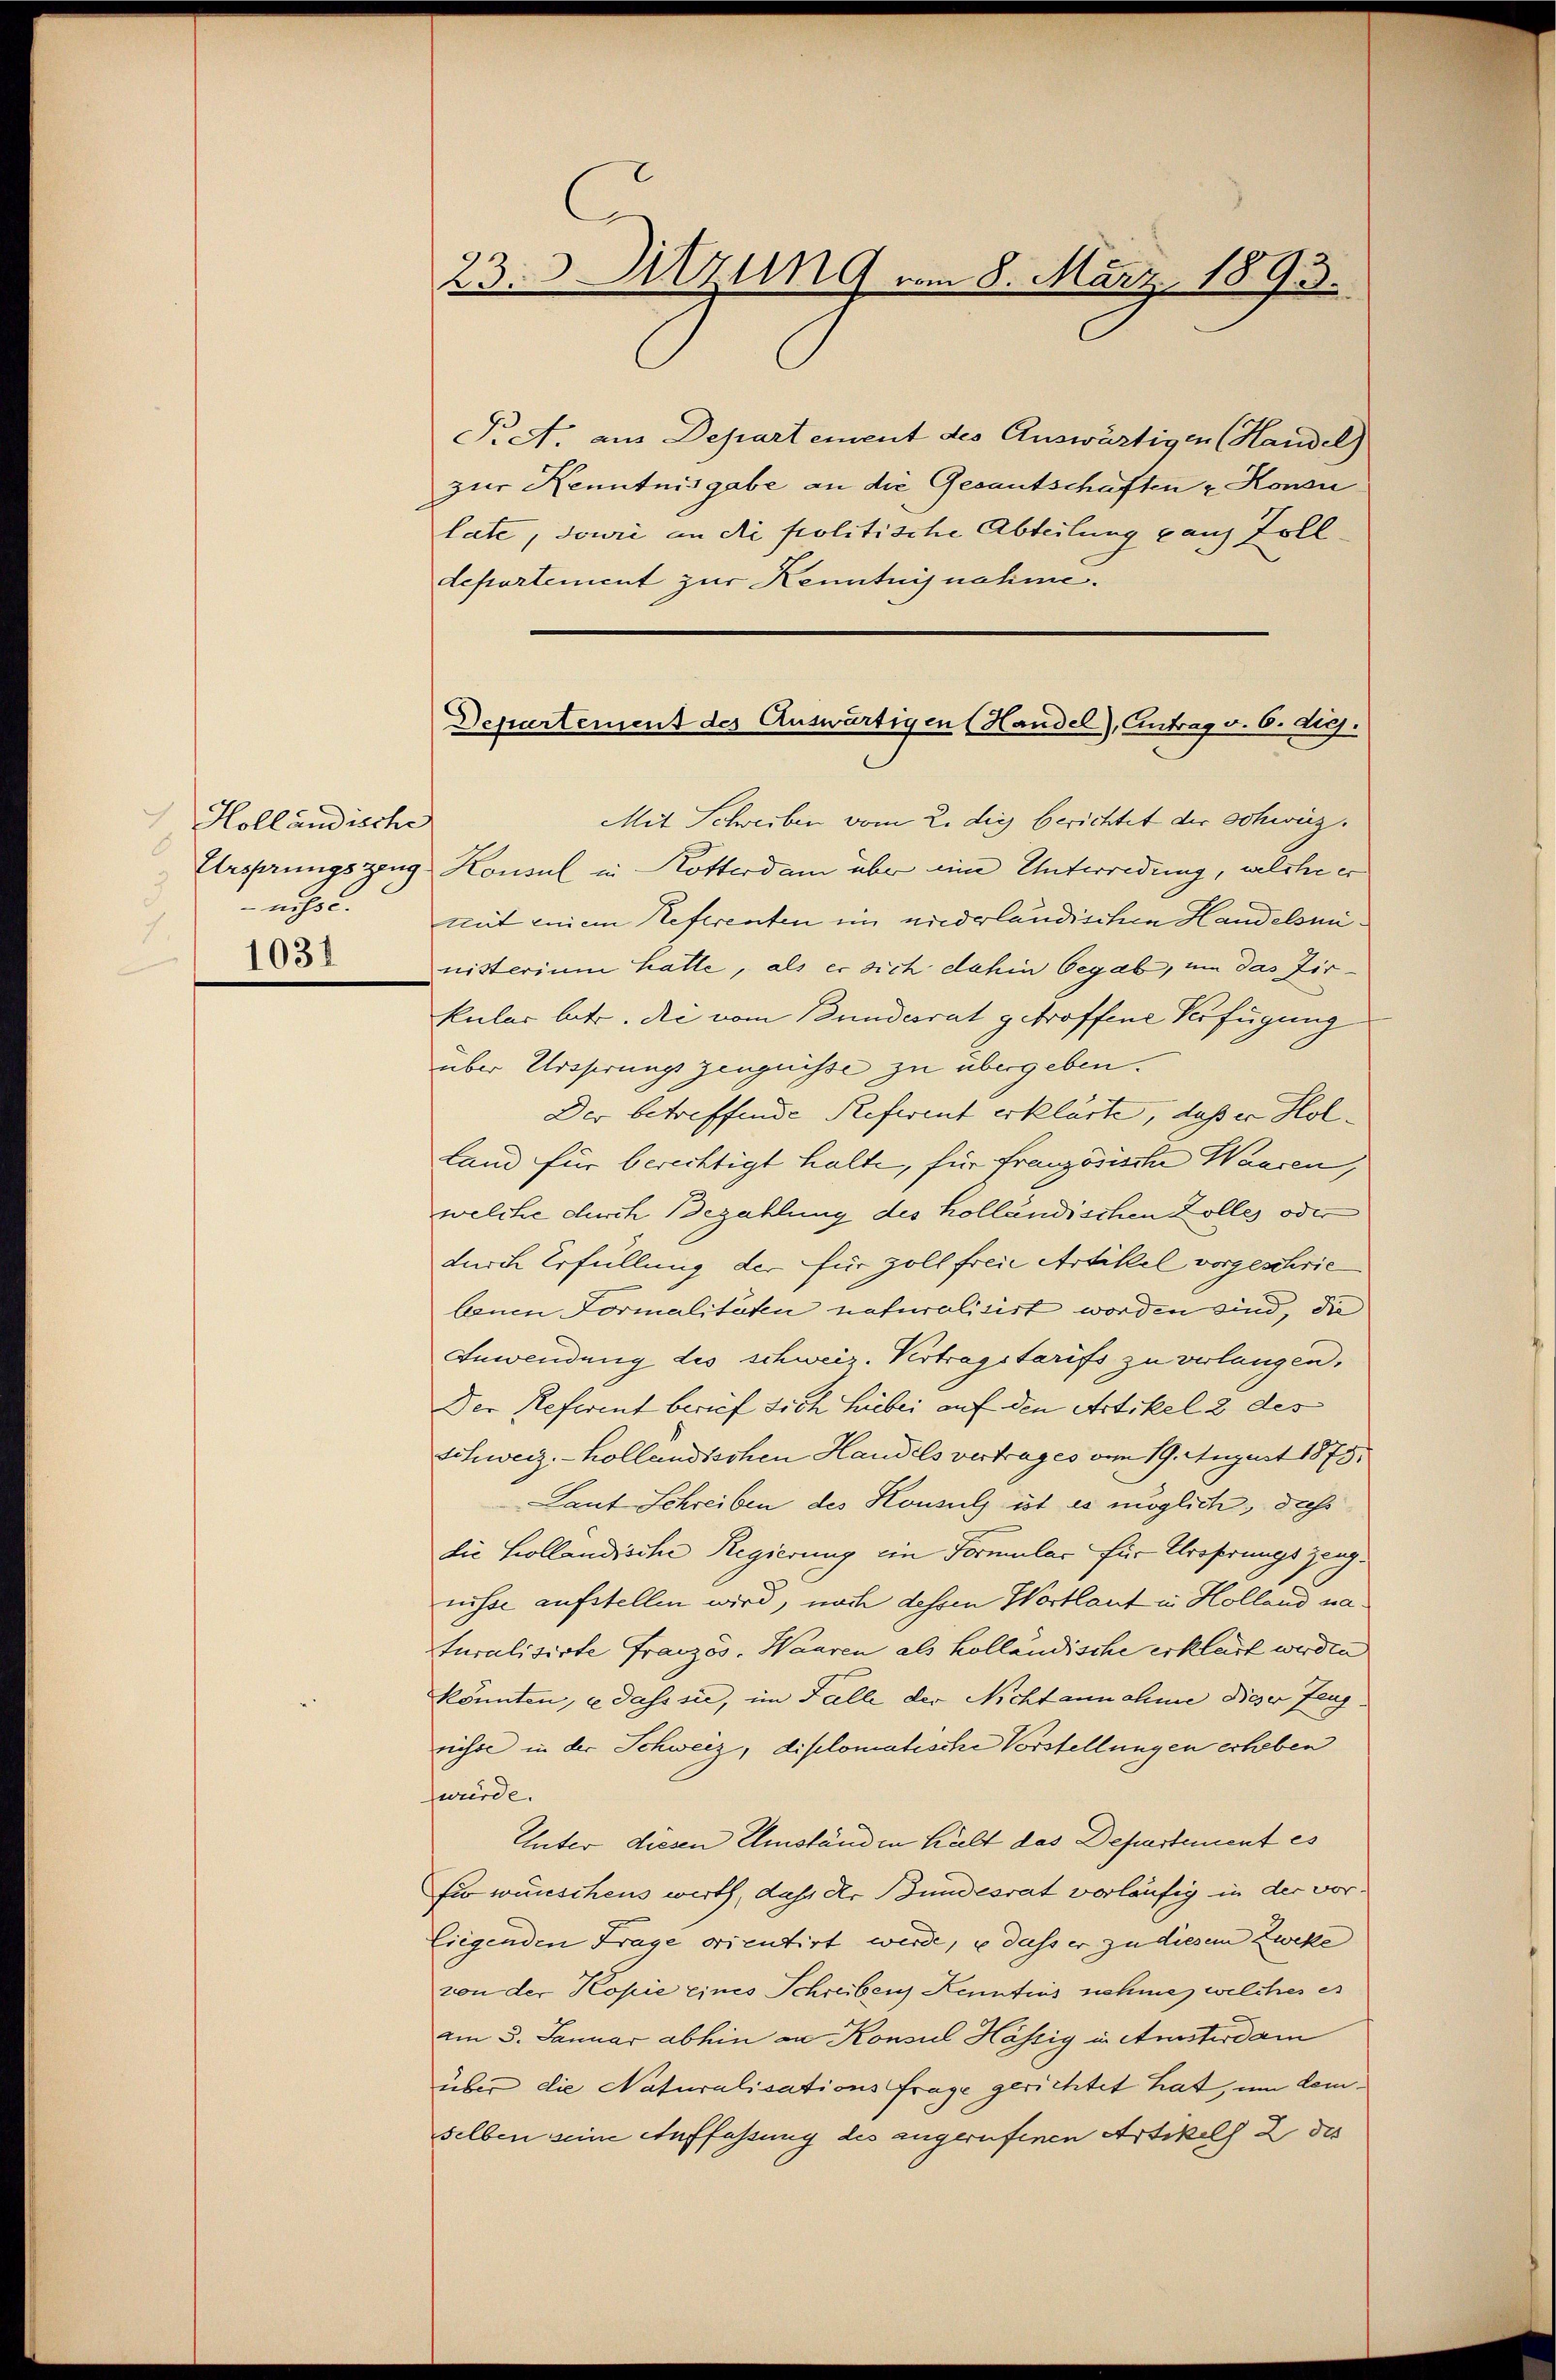
Holländische
8
nisse.
1031

23. Sitzung vom 8. März 1893.

Pret. aus Departement des Auswärtigen (Handel)
zur Kenntnisgabe an die Gesantschaften & Konsu
late, sowie an die politische Abteilung ganz Zolldepartement zur Kenntnisnahme.

Departement des Auswärtigen (Handel), Antrag v. 6. die.

Mit Schreiben vom 2. die berichtet der Schweiz.
Ersprungszeug Konsul in Rotterdam über eine Unterredung, welche er
mit einem Referenten im niederländischen Handelsministerium hatte, als er sich dahin begab, um das Zirkular betr. die vom Bundesrat getroffene Verfügung
über Ursserungszeugnisse zu übergeben.
Der betreffende Referent erklärte, daß er Holland für berechtigt halte, für Französische Wassen,
welche durch Bezahlung des holländischen Zolles oder
durch Erfüllung der für Zoll freie Artikel vorgeschrie
baum Formalitäten naturalisirt worden sind, die
Anwendung des schweiz. Vertragstarifs zu verlangen,
Der Referent berief sich hiebei auf den Artikel 2 des
Schweiz. Kollandischen Handels vertrages am 19. August 1875.
Laut Schreiben des Konsuls ist es möglich, daß
die Hollandische Regierung ein Formular für Ureferungs Zeugnisse aufstellen wird, nach dessen Wortlaut in Holland naturalisirte Französ. Waaren als Holländische erklärt werden
könnten, dass sie, im Falle der Nichtannahme dieser Zeug
nisse in der Schweiz, diplomatische Vorstellungen erheben
wurde.
Unter diesen Umständen halt das Departement es
fio wünschens wirth, daß der Bundesrat vorläufig in der vorliegenden Frage orientirt werde, u dass er zu diesem Zweke
von der Kopie eines Schreibens Kenntnis nehmer welches er
am 5. Januar abhin an Konsul Hässig in Ansterdam
über die Naturalisations frage gerichtet hat, um demselben seine Auffassung des zugerufenen Artikels 2 des